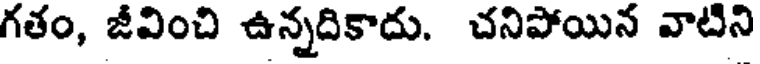
గతం, జీవించి ఉన్నదికాదు. చనిపోయిన వాటిని